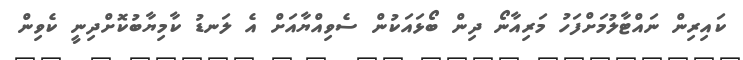
ކައިރިން ނައްޓާލުމަށްފަހު މަރިއާނޯ ދިން ބޯޅައަކުން ސެވިއްޔާއަށް އެ ލަނޑު ކާމިޔާބުކޮށްދިނީ ކެވިން